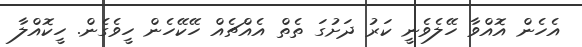
އެހެން އޮއްވާ ހޭލެވެނީ ކަރު ދަށުގަ ތެތް އެއްޗެއް ހޭކޭހެން ހީވެގެން. ހީކޮއްލާ